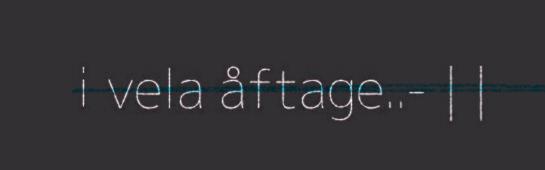
i vela åftage..- | |